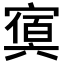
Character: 𡪴